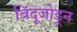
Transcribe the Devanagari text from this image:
बिंदूजोडून